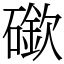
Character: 䃢